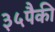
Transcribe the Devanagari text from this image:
३५पैकी